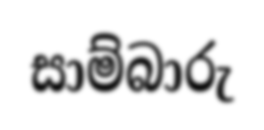
සාම්බාරු